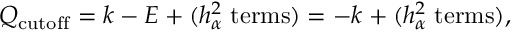
Q _ { \mathrm { c u t o f f } } = k - E + ( h _ { \alpha } ^ { 2 } \; \mathrm { t e r m s } ) = - k + ( h _ { \alpha } ^ { 2 } \; \mathrm { t e r m s } ) ,